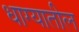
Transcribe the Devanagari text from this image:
धाग्यातील